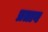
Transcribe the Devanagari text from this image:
प्रताव